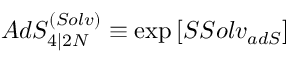
A d S _ { 4 \vert 2 { \cal N } } ^ { ( S o l v ) } \equiv \exp \left[ S S o l v _ { a d S } \right]